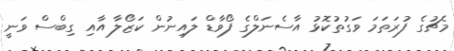
މެޗުގެ ފުރަތަމަ ވަގުތުކޮޅު އާސެނަލްގެ ފޯވާޑް ލައިނުން ކަޒޯލާ އާއި ގިބްސް ވަނީ